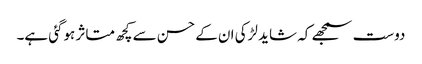
دوست سمجھے کہ شاید لڑکی ان کے حسن سے کچھ متاثر ہوگئی ہے۔